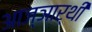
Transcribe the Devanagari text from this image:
आज्ञार्थी